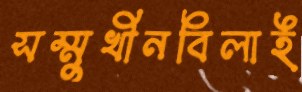
সম্মুখীনবিলাই